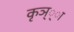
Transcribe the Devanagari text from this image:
कृञ््‌ा